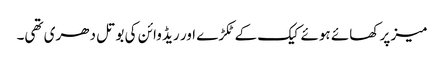
میز پر کھائے ہوئے کیک کے ٹکڑے اور ریڈ وائن کی بوتل دھری تھی۔